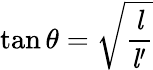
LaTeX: \tan\theta={\sqrt{\frac{\mathit{l}}{{\mathit{l}}^{\prime}}}}